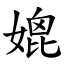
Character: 媲